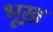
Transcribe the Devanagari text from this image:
भूख़